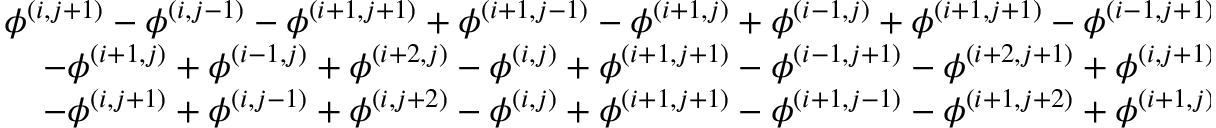
\begin{array} { r l } { \phi ^ { ( i , j + 1 ) } - \phi ^ { ( i , j - 1 ) } - \phi ^ { ( i + 1 , j + 1 ) } + \phi ^ { ( i + 1 , j - 1 ) } - \phi ^ { ( i + 1 , j ) } + \phi ^ { ( i - 1 , j ) } + \phi ^ { ( i + 1 , j + 1 ) } - \phi ^ { ( i - 1 , j + 1 ) } } & { { } = 0 , } \\ { - \phi ^ { ( i + 1 , j ) } + \phi ^ { ( i - 1 , j ) } + \phi ^ { ( i + 2 , j ) } - \phi ^ { ( i , j ) } + \phi ^ { ( i + 1 , j + 1 ) } - \phi ^ { ( i - 1 , j + 1 ) } - \phi ^ { ( i + 2 , j + 1 ) } + \phi ^ { ( i , j + 1 ) } } & { { } = 0 , } \\ { - \phi ^ { ( i , j + 1 ) } + \phi ^ { ( i , j - 1 ) } + \phi ^ { ( i , j + 2 ) } - \phi ^ { ( i , j ) } + \phi ^ { ( i + 1 , j + 1 ) } - \phi ^ { ( i + 1 , j - 1 ) } - \phi ^ { ( i + 1 , j + 2 ) } + \phi ^ { ( i + 1 , j ) } } & { { } = 0 . } \end{array}